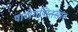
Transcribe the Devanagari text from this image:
पाटीगणितसार